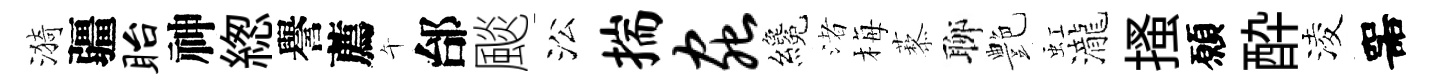
漪疆眙神緫譽薦午邰颷㳂揣虫纔渚梅藜聊艶虹瀧搔願酔淩噐